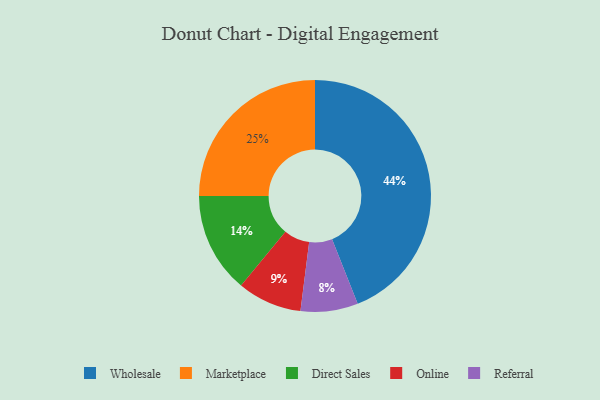
{"axis": {"x": "Category", "y": "Percentage"}, "legend": ["Direct Sales", "Marketplace", "Online", "Referral", "Wholesale"], "data": [{"x": "Online", "y": 9, "type": "Online"}, {"x": "Direct Sales", "y": 14, "type": "Direct Sales"}, {"x": "Marketplace", "y": 25, "type": "Marketplace"}, {"x": "Referral", "y": 8, "type": "Referral"}, {"x": "Wholesale", "y": 44, "type": "Wholesale"}]}